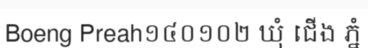
Boeng Preah១៤០១០២ ឃុំ ជើង ភ្នំ